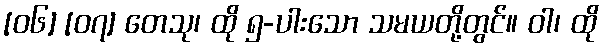
[၀၆] [၀၇] တေသု၊ ထို ၅-ပါးသော သမယတို့တွင်။ ဝါ၊ ထို